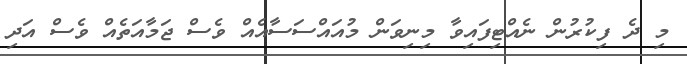
މި ދެ ފިކުރުން ނެއްޓިފައިވާ މިނިވަން މުއައްސަސާއެއް ވެސް ޖަމާއަތެއް ވެސް އަދި